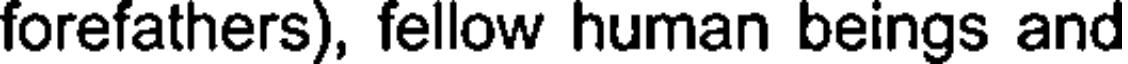
forefathers), fellow human beings and